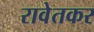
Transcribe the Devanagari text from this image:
रावेतकर